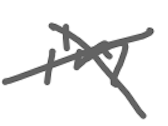
Text: in
Cross-out: mix
Writing tool: digital_gray